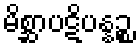
မိစ္ဆာပဋိပန္နဉ္စ